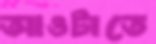
আওটাতে